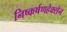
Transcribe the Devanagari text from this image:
निष्कर्षणहेक्सेन